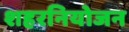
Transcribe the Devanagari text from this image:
शहरनियोजन